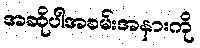
အဆိုပါအခမ်းအနားကို